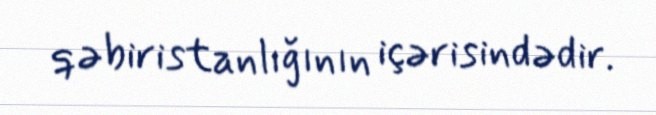
qəbiristanlığının içərisindədir.